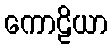
ကောဠိယာ